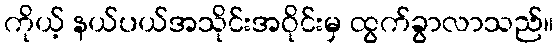
ကိုယ့် နယ်ပယ်အသိုင်းအဝိုင်းမှ ထွက်ခွာလာသည်။